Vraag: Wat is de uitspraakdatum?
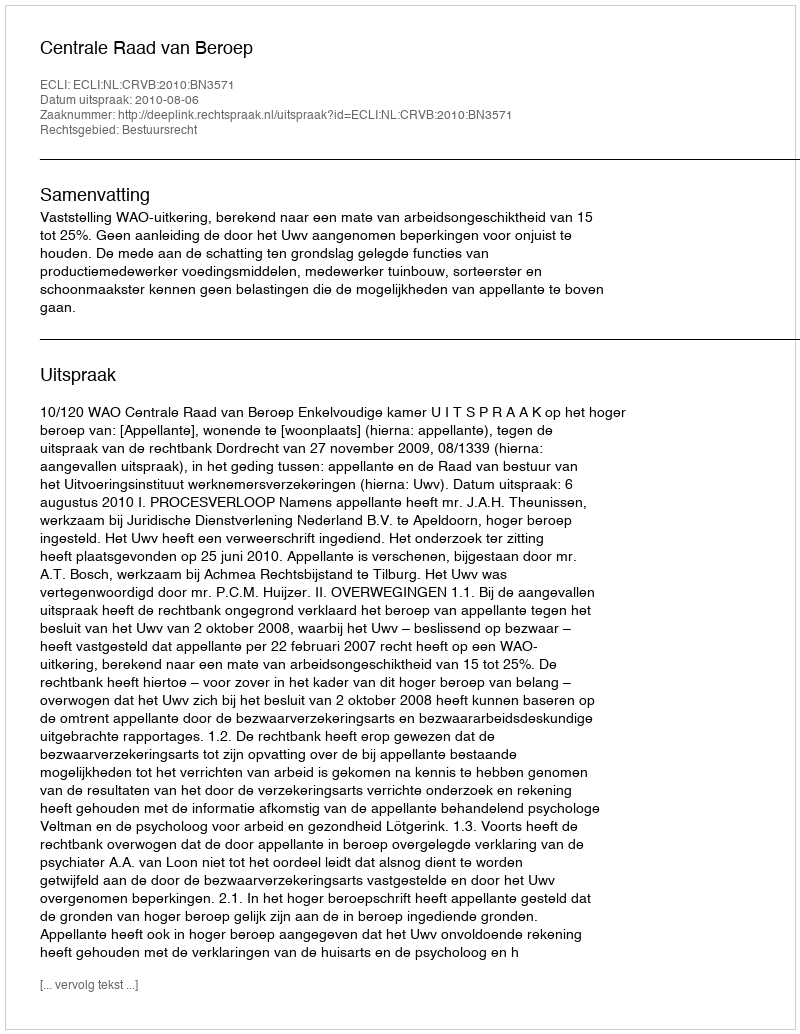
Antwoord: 2010-08-06